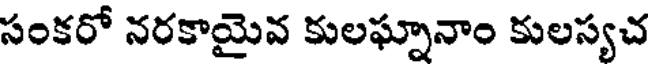
సంకరో నరకాయైవ కులఘ్నానాం కులస్యచ